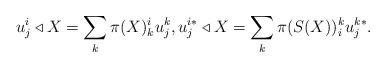
LaTeX: \begin{align*}u^i_j \triangleleft X = \sum_k \pi(X)^i_k u^k_j, u^{i*}_j \triangleleft X = \sum_k \pi(S(X))^k_i u^{k*}_j.\end{align*}